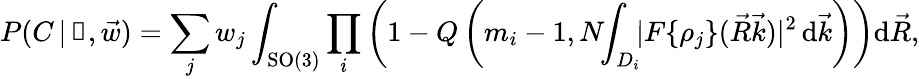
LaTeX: P(C\, |\, \boldsymbol\uprho,\vec{w})=\sum_{j}w_{j}\int_{\mathrm{SO}(3)}\prod_{i}\left(1-Q\left(m_{i}-1,N\! \! \int_{D_{i}}\! \! \mathcal\lvert F\{ \rho_{j}\} (\vec{R}\vec{k})\rvert^{2}\, \mathrm d\vec{k}\right)\right)\mathrm d\vec{R},